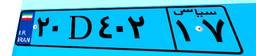
۲۸D۱۵۰۹۶